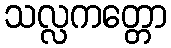
သလ္လကတ္တော